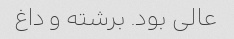
عالی بود. برشته و داغ